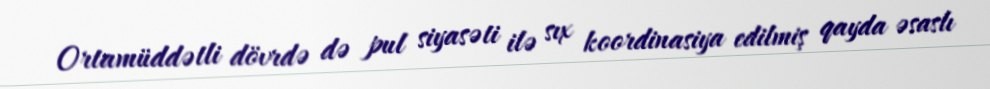
Ortamüddətli dövrdə də pul siyasəti ilə sıx koordinasiya edilmiş qayda əsaslı